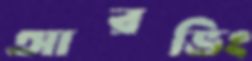
আরভিং